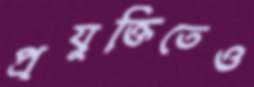
প্রযুক্তিতেও